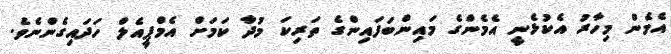
އެމެން މިހާރު އެކުޅެނީ އެމެންގެ މައިންބަފައިންގެ ތަރިކަ މުދާ ކަމަށް އެމްޕީއެލް ހަދައިގެންނެވެ.